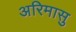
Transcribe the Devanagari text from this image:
अरिमासु